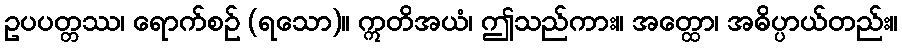
ဥပပတ္တဿ၊ ရောက်စဉ် (ရသော)။ ဣတိအယံ၊ ဤသည်ကား။ အတ္ထော၊ အဓိပ္ပာယ်တည်း။